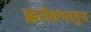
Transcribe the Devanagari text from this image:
झरोक्यातुन